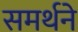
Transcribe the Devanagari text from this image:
समर्थने